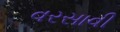
વરસાવી